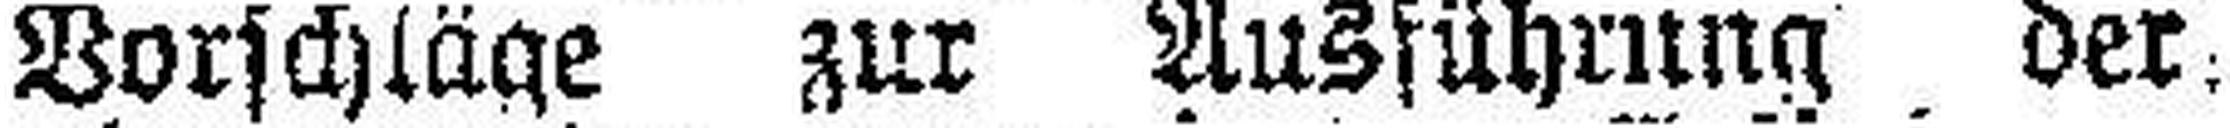
Vorschläge zur Ausführung der